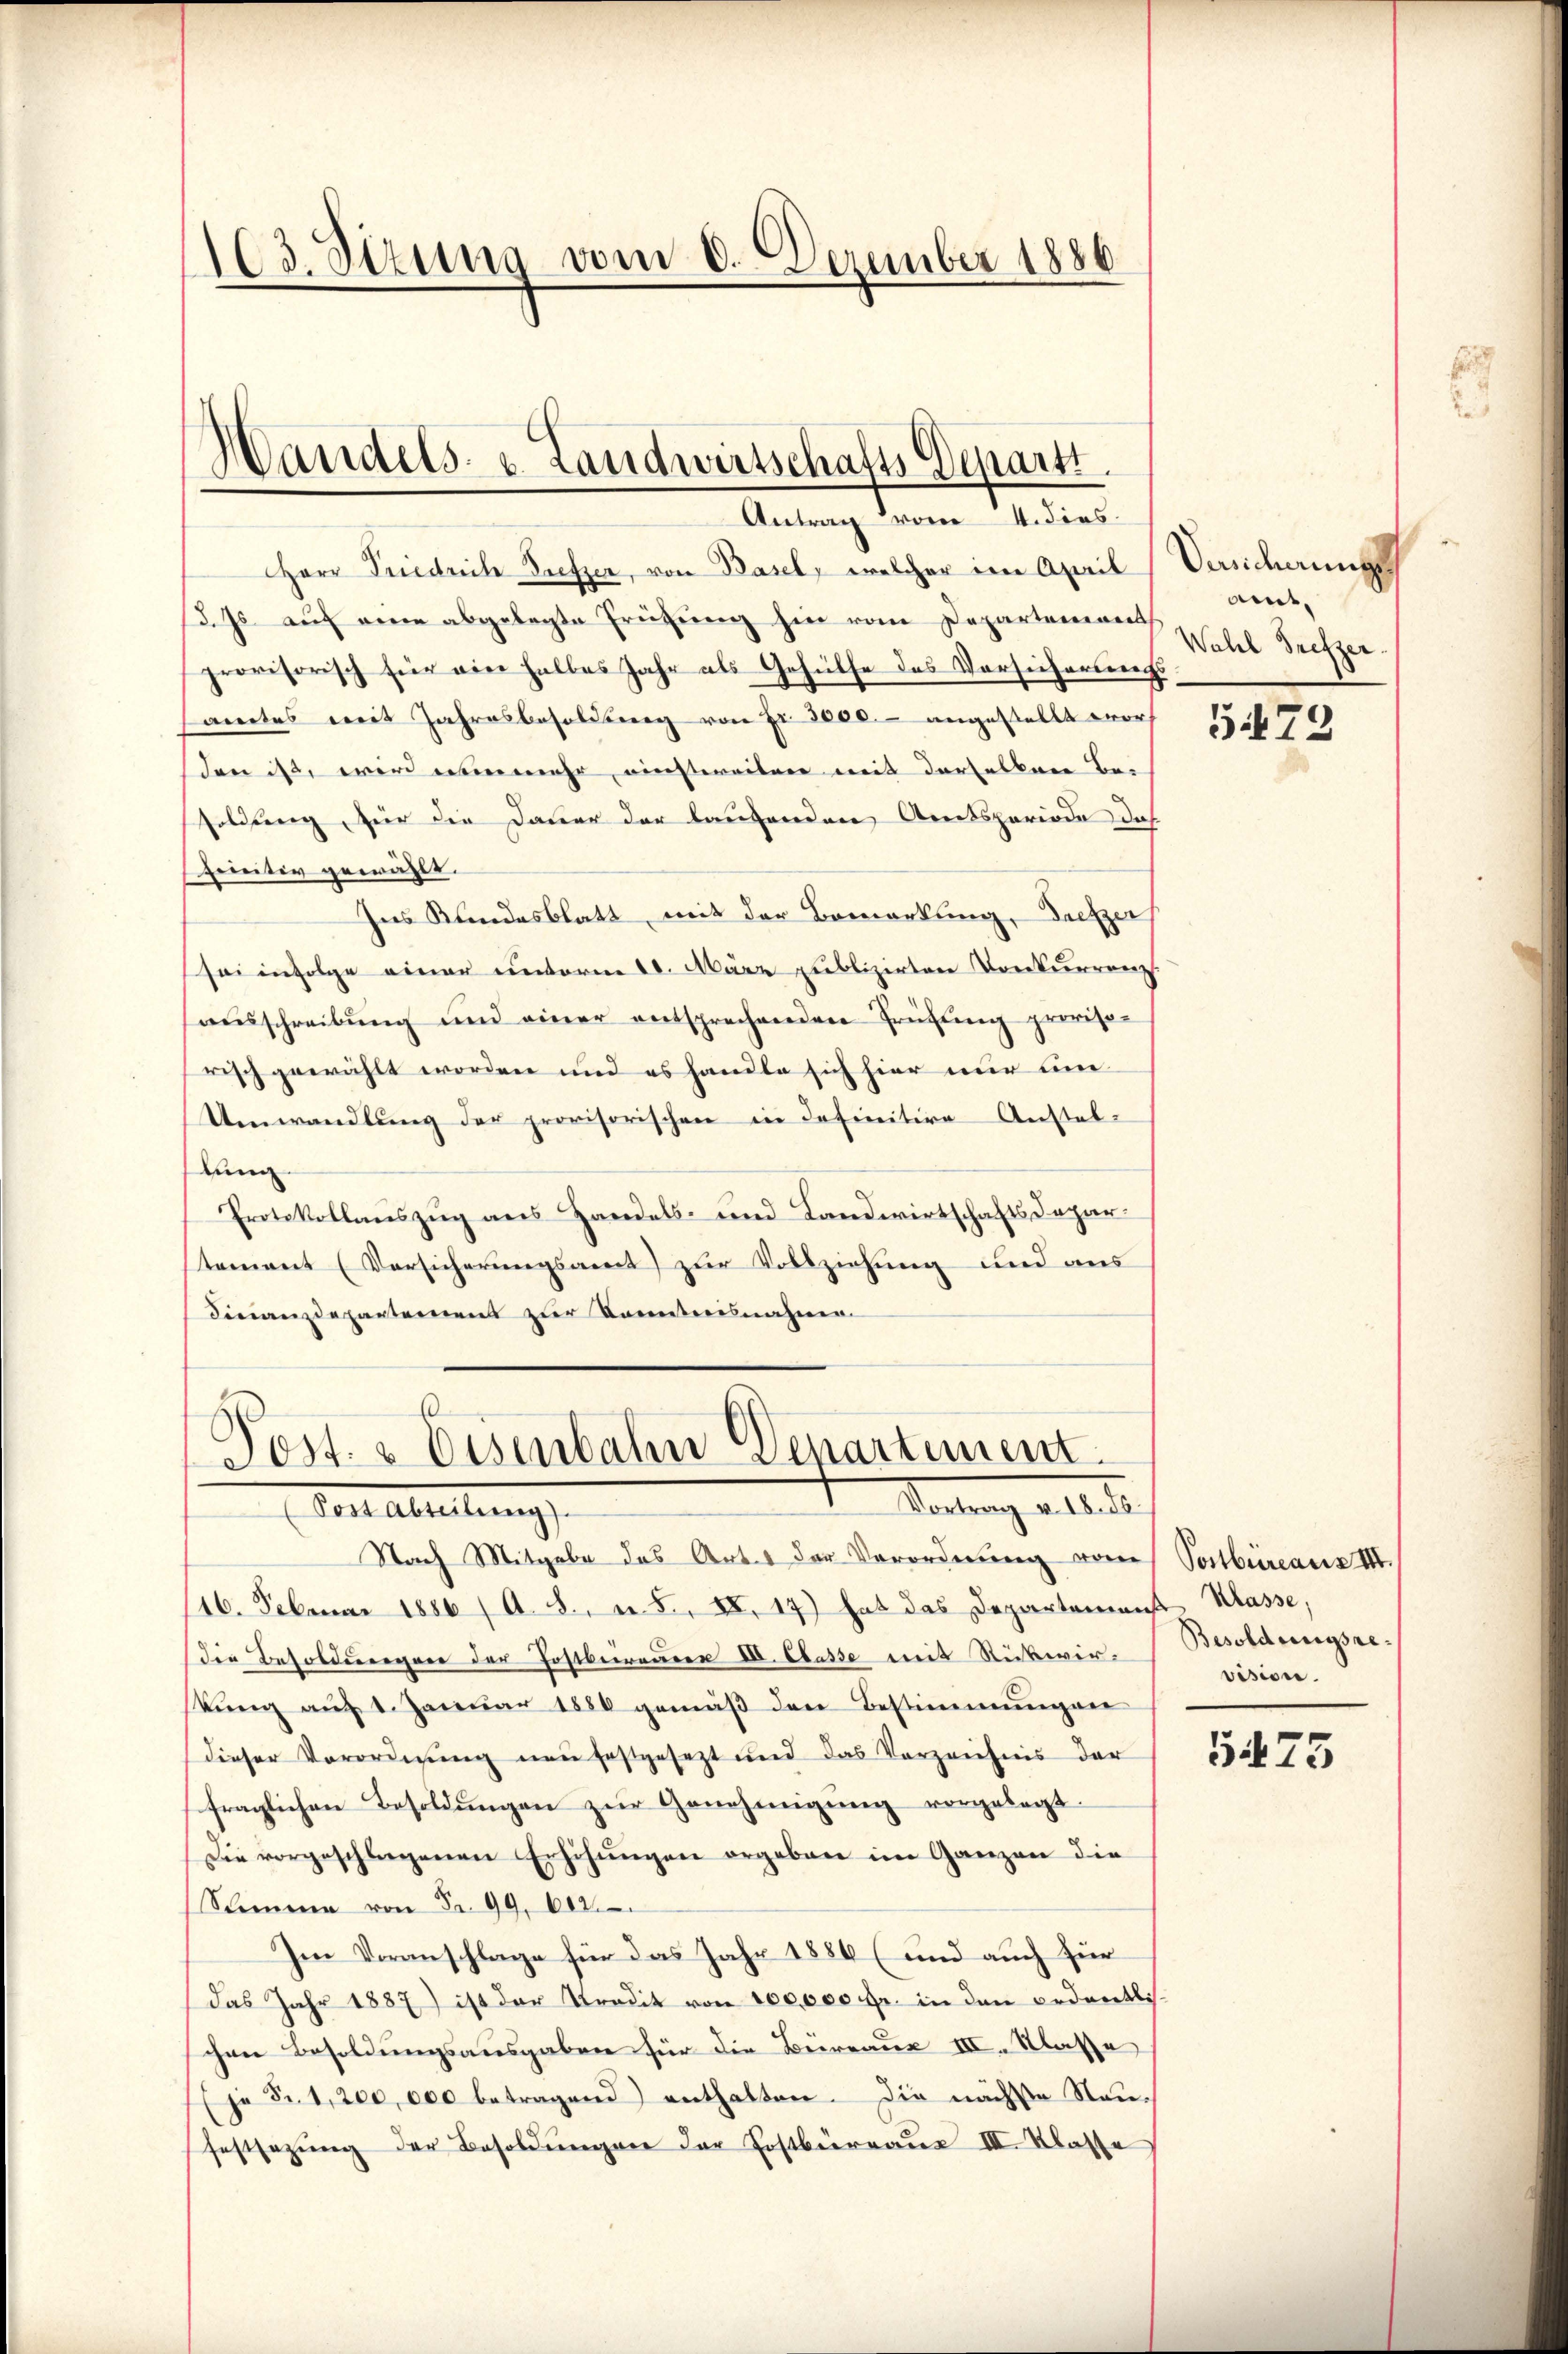
103. Sitzung vom 8. Dezember 1886

Handels- u. Landwirtschafts Departi
Antrag vom 4. dies

Herr Priedrich Bufzer, von Basel, welcher im April Versicherungs
d. Js. aŭf eine abgelegte Frühŭng hie vom Departement
provisorisch für ein halbes Jahr als Gehülfe des Vorsicherswechs
samtes mit Jahresbesoldung von Fr. 3000.- angestellt wor
den ist, wird nunmehr einstweilen mit derselben Be-
soldung, für die Dauer der laufenden Amtsperiode das
Initiv gewählt.
Ins Kundesblatt, mit der Bemerkung, Fritzer,
sei infolge einer unterm 20. März publizirten Konkurrenz
ausschreibung und einer entsprechenden Frühling provisorisch gewählt worden und es handle sich hier nur une
Umwandlung der provisorischen in definitive Anstal-
dung
Protokollauszug aus Handels- und Landwirtschafts-Dapar
tement (Vorsicherungsamt zur Vollziehung und aus
Finanzdepartement zur Kenntnisnahme.

Post- & Eisenbahn Departement.
Startung als
Doris Abteilung

Nach Mitgabe das Antes der Vorordnung vom
16. Februar 1886 / A. S., n. F. XI. 17) hat das Departemenst Klasse.
die Besoldungen der Postbeireuern d. Casse mit Ruswirkŭng aŭf 1. Janŭar 1886 gemäβ den Bestimmungen
dieser Verordnung neu festgesezt und das Verzeichnis der
fraglichen Besoldŭngen zŭr Genehmigŭng vorgelegt.
Die vorgeschlagenen Erhöhungen ergeben im Ganzen die
Stimme von Fr. 99. 602
Im Veranschlage für das Jahr 1884 (und auch für
(das Jahr 1887) ist der Stradit von 100,000 Fr. in den ordentlich
schen Besoldungsausgaben für die Büreaus III. Klasse
(je Fr. 1,200,000 betragend enthalten. Die nächste Neufestsezŭng der Besoldŭngen der Postbürraus III. Klasse

amt,
Wahl Prefzer.

5472

Postbüreaus III.
Besoldungsre
vision.

5475